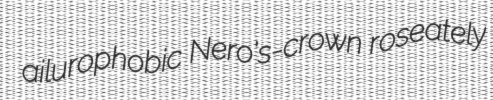
ailurophobic Nero's-crown roseately